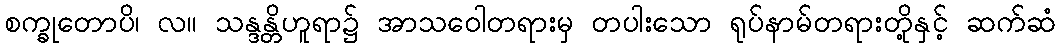
စက္ခုတောပိ၊ လ။ သန္ဒန္တိဟူရာ၌ အာသဝေါတရားမှ တပါးသော ရုပ်နာမ်တရားတို့နှင့် ဆက်ဆံ